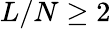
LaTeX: L/N\ge 2